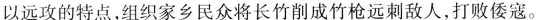
以远攻的特点，组织家乡民众将长竹削成竹枪远刺敌人，打败倭寇。